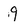
Character: 9